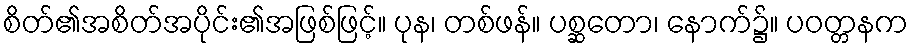
စိတ်၏အစိတ်အပိုင်း၏အဖြစ်ဖြင့်။ ပုန၊ တစ်ဖန်။ ပစ္ဆတော၊ နောက်၌။ ပဝတ္တနက